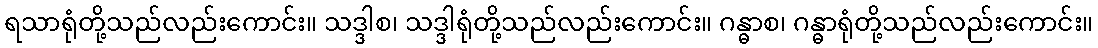
ရသာရုံတို့သည်လည်းကောင်း။ သဒ္ဒါစ၊ သဒ္ဒါရုံတို့သည်လည်းကောင်း။ ဂန္ဓာစ၊ ဂန္ဓာရုံတို့သည်လည်းကောင်း။